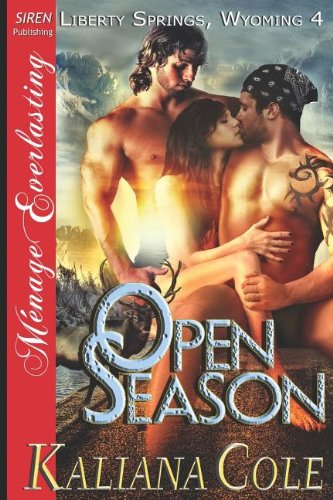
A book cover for Open Season [Liberty Springs, Wyoming 4] (Siren Publishing Menage Everlasting); Kaliana Cole; Romance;